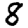
Digit: 8